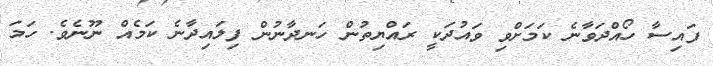
ފައިސާ ހޯއްދަވާނެ ކަމަށްވި ވައުދަކީ ރައްޔިތުން ހަނދާނުން ފިލައިދާނެ ކަމެއް ނޫނެވެ. ހަމަ